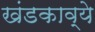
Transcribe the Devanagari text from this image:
खंडकाव्ये